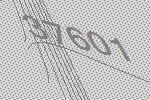
37601